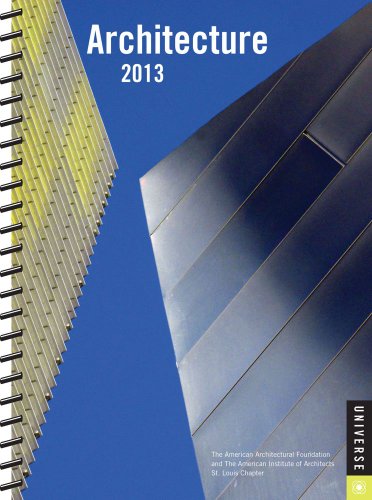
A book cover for Architecture 2013 Engagement Calendar; The American Architectural Foundation; Calendars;